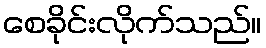
စေခိုင်းလိုက်သည်။